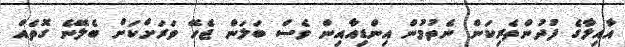
އާއިލާގެ ފުދުންތެރިކަން ނެތުމުން އިންޑިއާއިން ވެސް ބަލަން ޖެހޭ ވަރަށްކަށް ބެލޭނެ ގޮތެއް